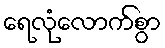
ရေလုံလောက်စွာ